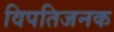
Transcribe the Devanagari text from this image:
विपतिजनक